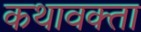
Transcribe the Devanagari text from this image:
कथावक्ता